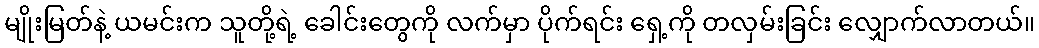
မျိုးမြတ်နဲ့ ယမင်းက သူတို့ရဲ့ ခေါင်းတွေကို လက်မှာ ပိုက်ရင်း ရှေ့ကို တလှမ်းခြင်း လျှောက်လာတယ်။